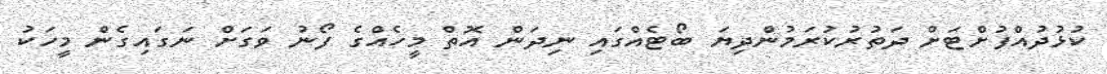
ކުޅުދުއްފުށްޓަށް ދަތުރުކުރަމުންދިޔަ ބޯޓެއްގައި ނިދަން އޮތް މީހެއްގެ ފޯނު ވަގަށް ނަގައިގެން މީހަކު